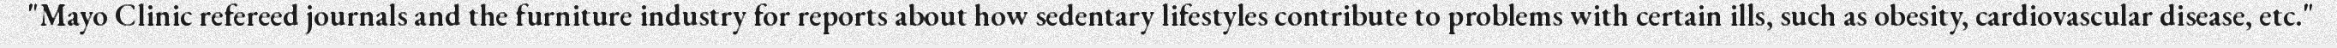
"Mayo Clinic refereed journals and the furniture industry for reports about how sedentary lifestyles contribute to problems with certain ills, such as obesity, cardiovascular disease, etc."